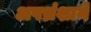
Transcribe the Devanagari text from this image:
अपभ्रंशाने